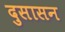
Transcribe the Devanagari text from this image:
दुसासन